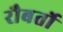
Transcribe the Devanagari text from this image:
रौबर्तो